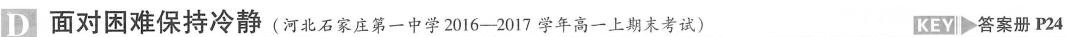
D 面对困难保持冷静(河北石家庄第一中学2016-2017学年高一上期末考试) KEY 答案册 P24